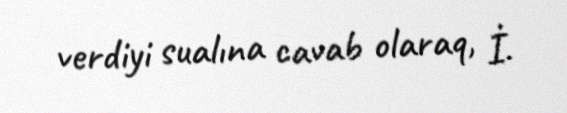
verdiyi sualına cavab olaraq, İ.